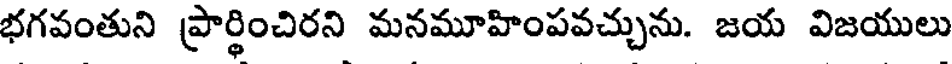
భగవంతుని ప్రార్థించిరని మనమూహింపవచ్చును. జయ విజయులు